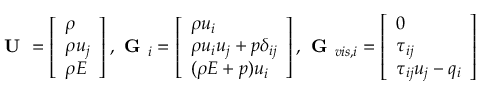
\textbf { U } = \left[ \begin{array} { l } { \rho } \\ { \rho u _ { j } } \\ { \rho E } \end{array} \right] , \textbf { G } _ { i } = \left[ \begin{array} { l } { \rho u _ { i } } \\ { \rho u _ { i } u _ { j } + p \delta _ { i j } } \\ { ( \rho E + p ) u _ { i } } \end{array} \right] , \textbf { G } _ { v i s , i } = \left[ \begin{array} { l } { 0 } \\ { \tau _ { i j } } \\ { \tau _ { i j } u _ { j } - q _ { i } } \end{array} \right]